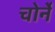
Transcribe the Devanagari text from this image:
चोर्ने